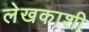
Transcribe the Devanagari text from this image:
लेखकाशी